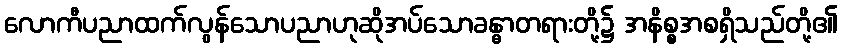
လောကီပညာထက်လွန်သောပညာဟုဆိုအပ်သောခန္ဓာတရားတို့၌ အနိစ္စအစရှိသည်တို့၏